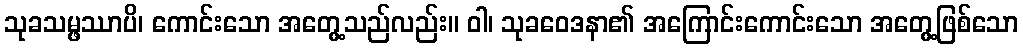
သုခသမ္ဖဿာပိ၊ ကောင်းသော အတွေ့သည်လည်း။ ဝါ၊ သုခဝေဒနာ၏ အကြောင်းကောင်းသော အတွေ့ဖြစ်သော